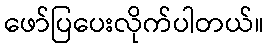
ဖော်ပြပေးလိုက်ပါတယ်။